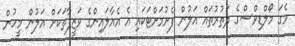
މެގަ މޯލްޑިވްސްގެ ދަތުރުތައް އަލުން ފެށުމަށްޓަކައި އެ އެއާލައިންގެ ވަޒީފާތަކަށް އަލުން މީހުން